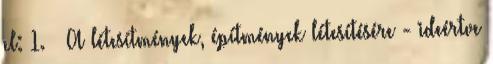
el: 1. § A létesítmények, építmények létesítésére - ideértve